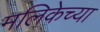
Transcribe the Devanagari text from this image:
मलिकेच्या